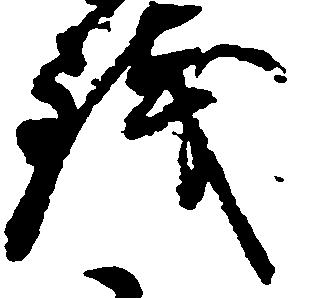
銭